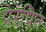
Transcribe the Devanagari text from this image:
प्रेरेपित